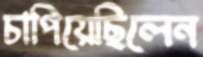
চাপিয়েছিলেন